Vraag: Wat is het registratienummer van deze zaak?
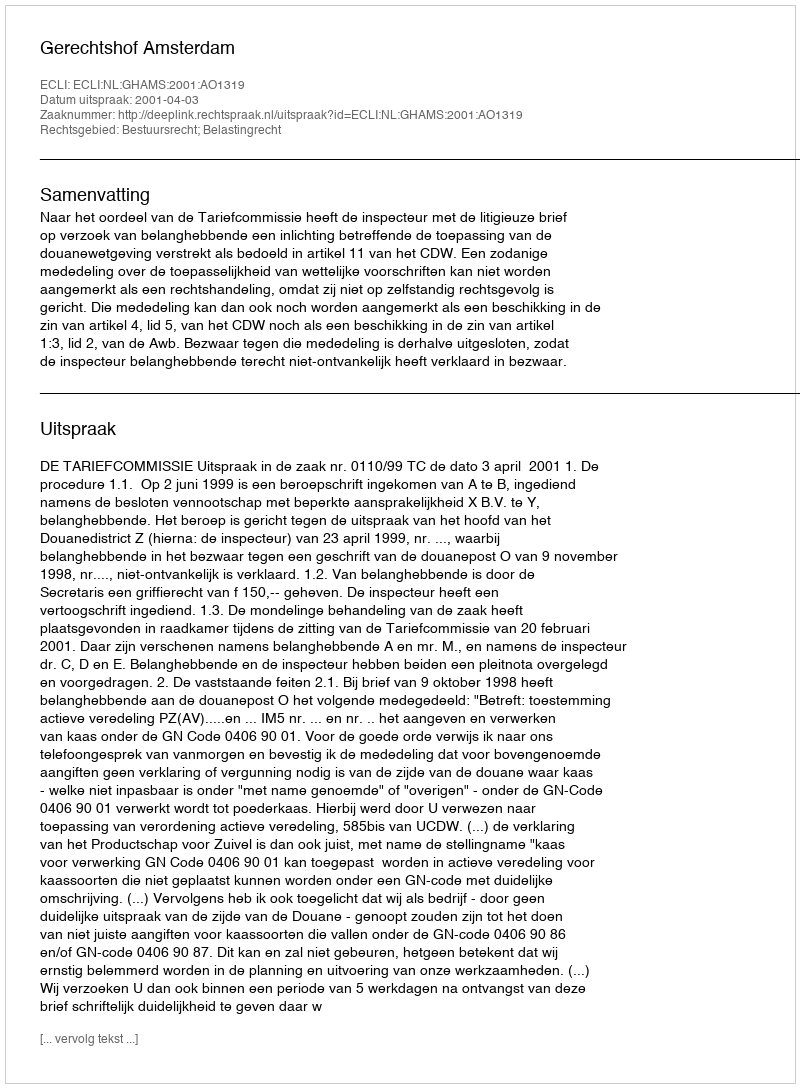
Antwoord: http://deeplink.rechtspraak.nl/uitspraak?id=ECLI:NL:GHAMS:2001:AO1319